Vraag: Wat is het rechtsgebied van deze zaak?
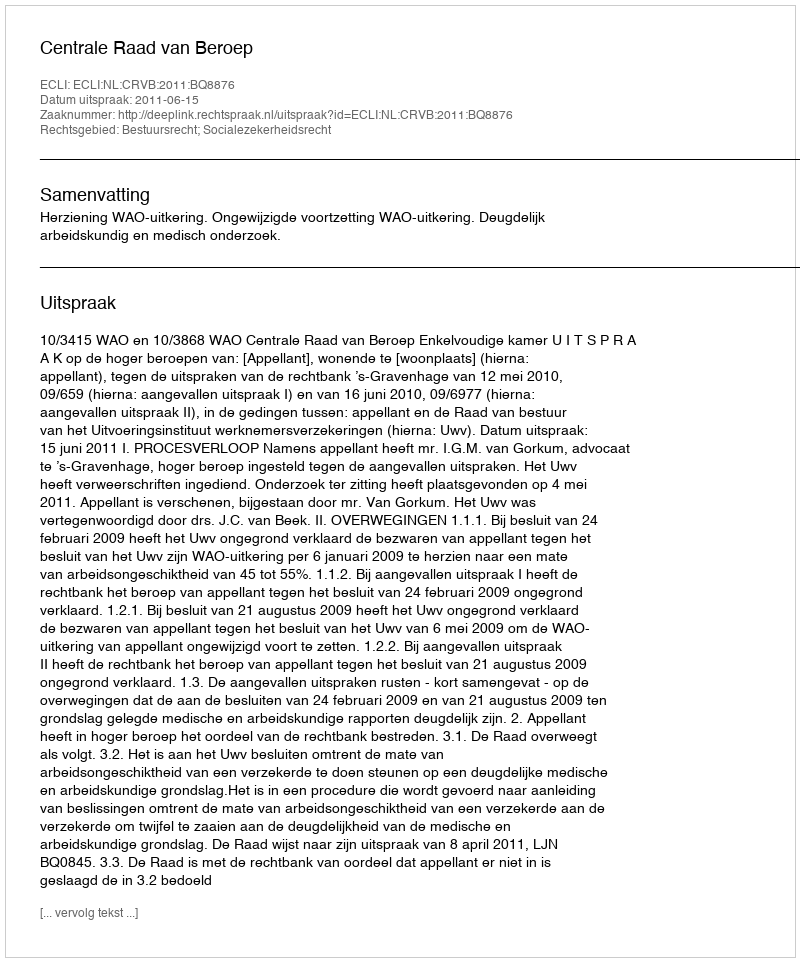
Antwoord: Bestuursrecht; Socialezekerheidsrecht